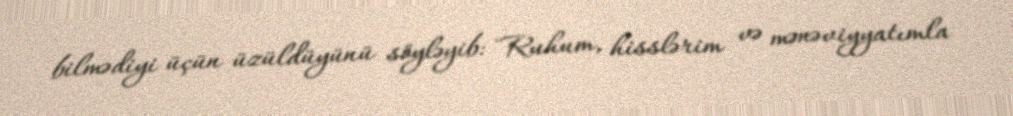
bilmədiyi üçün üzüldüyünü söyləyib: "Ruhum, hisslərim və mənəviyyatımla